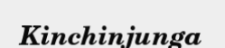
Kinchinjunga